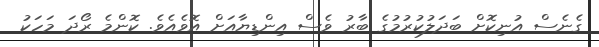
ގެނެސް އުނިކޮށް ބަދަލުކުރުމުގެ ބާރު ވެސް އިންޑިޔާއަށް އޮވެއެވެ. ކޮންމެ ރޯދަ މަހަކު